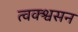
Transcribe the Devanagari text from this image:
त्वक्श्वसन